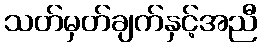
သတ်မှတ်ချက်နှင့်အညီ